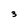
Character: 3